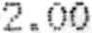
2.00